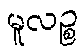
မူလဉ္စ